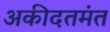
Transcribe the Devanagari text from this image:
अकीदतमंत